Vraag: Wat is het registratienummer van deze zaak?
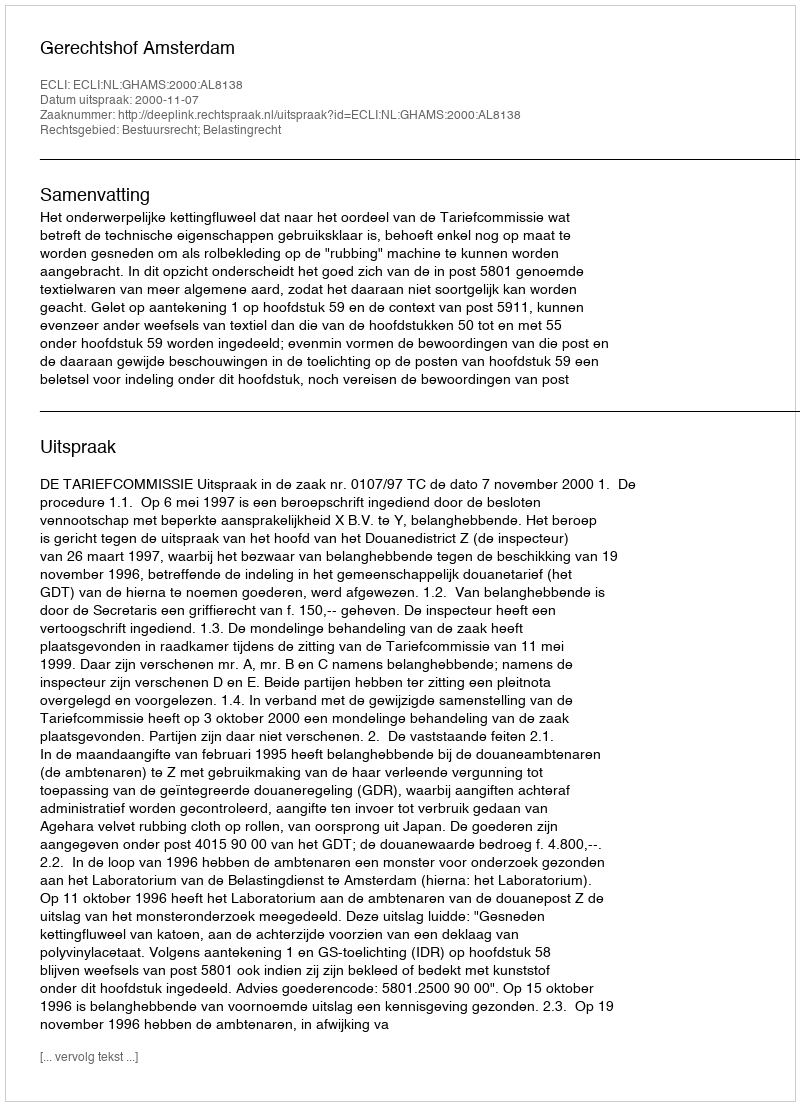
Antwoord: http://deeplink.rechtspraak.nl/uitspraak?id=ECLI:NL:GHAMS:2000:AL8138